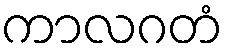
ကာလဂတံ